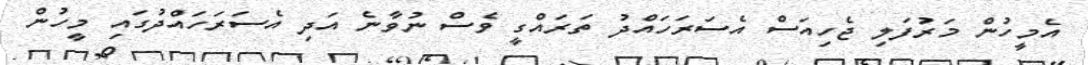
އެމީހުން މަރުފަލި ޖެހިއަސް އެސަރަހައްދު ތަރައްގީ ވެސް ނުވާނެ އަދި އެސަރަހައްދުގައި މީހުން